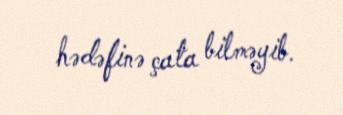
hədəfinə çata bilməyib.